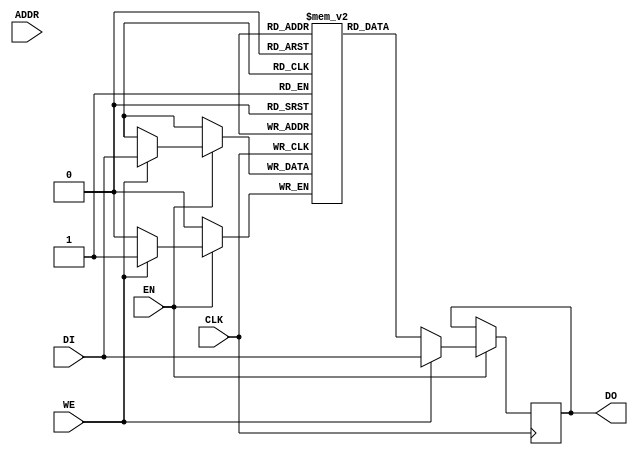
// Copyright (c) 2000-2011 Bluespec, Inc.

// Permission is hereby granted, free of charge, to any person obtaining a copy
// of this software and associated documentation files (the "Software"), to deal
// in the Software without restriction, including without limitation the rights
// to use, copy, modify, merge, publish, distribute, sublicense, and/or sell
// copies of the Software, and to permit persons to whom the Software is
// furnished to do so, subject to the following conditions:

// The above copyright notice and this permission notice shall be included in
// all copies or substantial portions of the Software.

// THE SOFTWARE IS PROVIDED "AS IS", WITHOUT WARRANTY OF ANY KIND, EXPRESS OR
// IMPLIED, INCLUDING BUT NOT LIMITED TO THE WARRANTIES OF MERCHANTABILITY,
// FITNESS FOR A PARTICULAR PURPOSE AND NONINFRINGEMENT. IN NO EVENT SHALL THE
// AUTHORS OR COPYRIGHT HOLDERS BE LIABLE FOR ANY CLAIM, DAMAGES OR OTHER
// LIABILITY, WHETHER IN AN ACTION OF CONTRACT, TORT OR OTHERWISE, ARISING FROM,
// OUT OF OR IN CONNECTION WITH THE SOFTWARE OR THE USE OR OTHER DEALINGS IN
// THE SOFTWARE.
//
// $Revision$
// $Date$

`ifdef BSV_ASSIGNMENT_DELAY
`else
 `define BSV_ASSIGNMENT_DELAY
`endif

// Single-Ported BRAM with byte enables
module BRAM1BE(CLK,
               EN,
               WE,
               ADDR,
               DI,
               DO
              );

   parameter                      PIPELINED  = 0;
   parameter                      ADDR_WIDTH = 1;
   parameter                      DATA_WIDTH = 1;
   parameter                      CHUNKSIZE  = 1;
   parameter                      WE_WIDTH   = 1;
   parameter                      MEMSIZE    = 1;

   input                          CLK;
   input                          EN;
   input [WE_WIDTH-1:0]           WE;
   input [ADDR_WIDTH-1:0]         ADDR;
   input [DATA_WIDTH-1:0]         DI;
   output [DATA_WIDTH-1:0]        DO;

   reg [DATA_WIDTH-1:0]           RAM[0:MEMSIZE-1];
   reg [DATA_WIDTH-1:0]           DO_R;
   reg [DATA_WIDTH-1:0]           DO_R2;


`ifdef BSV_NO_INITIAL_BLOCKS
`else
   // synopsys translate_off
   initial
   begin : init_block
      integer   i;
      for (i = 0; i < MEMSIZE; i = i + 1) begin
         RAM[i] = { ((DATA_WIDTH+1)/2) { 2'b10 } };
      end
      DO_R  = { ((DATA_WIDTH+1)/2) { 2'b10 } };
      DO_R2 = { ((DATA_WIDTH+1)/2) { 2'b10 } };
   end
   // synopsys translate_on
`endif // !`ifdef BSV_NO_INITIAL_BLOCKS

   // iverilog does not support the full verilog-2001 language.  This fixes that for simulation.
`ifdef __ICARUS__
   reg [DATA_WIDTH-1:0]  MASK, IMASK;
   reg [DATA_WIDTH-1:0]  DATA;
   wire [DATA_WIDTH-1:0] DATAwr;

   assign DATAwr = RAM[ADDR] ;

   always @(WE or DI or DATAwr) begin : combo1
      integer j;
      MASK  = 0;
      IMASK = 0;

      for(j = WE_WIDTH-1; j >= 0; j = j - 1) begin
         if (WE[j]) MASK = (MASK << 8) | { { DATA_WIDTH-CHUNKSIZE { 1'b0 } }, { CHUNKSIZE { 1'b1 } } };
         else       MASK = (MASK << 8);
      end
      IMASK = ~MASK;

      DATA = (DATAwr & IMASK) | (DI & MASK);
   end

   always @(posedge CLK) begin
      if (EN) begin
         if (WE) begin
            RAM[ADDR] <= `BSV_ASSIGNMENT_DELAY DATA;
            DO_R      <= `BSV_ASSIGNMENT_DELAY DATA;
         end
         else begin
            DO_R      <= `BSV_ASSIGNMENT_DELAY RAM[ADDR];
         end
      end
   end
`else
   generate
      genvar i;
      for(i = 0; i < WE_WIDTH; i = i + 1) begin: porta_we
         always @(posedge CLK) begin
            if (EN) begin
               if (WE[i]) begin
                  RAM[ADDR][((i+1)*CHUNKSIZE)-1 : i*CHUNKSIZE] <= `BSV_ASSIGNMENT_DELAY DI[((i+1)*CHUNKSIZE)-1 : i*CHUNKSIZE];
                  DO_R[((i+1)*CHUNKSIZE)-1 : i*CHUNKSIZE]      <= `BSV_ASSIGNMENT_DELAY DI[((i+1)*CHUNKSIZE)-1 : i*CHUNKSIZE];
               end
               else begin
                  DO_R[((i+1)*CHUNKSIZE)-1 : i*CHUNKSIZE]      <= `BSV_ASSIGNMENT_DELAY RAM[ADDR][((i+1)*CHUNKSIZE)-1 : i*CHUNKSIZE];
               end
            end
         end
      end      
   endgenerate

`endif // !`ifdef __ICARUS__

   // Output driver
   always @(posedge CLK) begin
      DO_R2 <= `BSV_ASSIGNMENT_DELAY DO_R;
   end
   
   assign DO = (PIPELINED) ? DO_R2 : DO_R;

endmodule // BRAM1BE